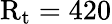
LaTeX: \mathrm{R}_{\mathrm{t}}=420